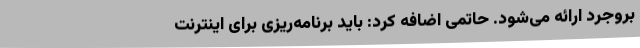
بروجرد ارائه می‌شود. حاتمی اضافه کرد: باید برنامه‌ریزی برای اینترنت